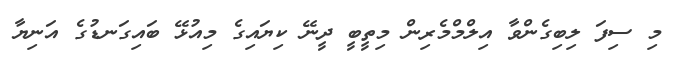
މި ސިފަ ލިބިގެންވާ އިލްމްމެރިން މިތީބީ ދީނޭ ކިޔައިގެ މިއުޅޭ ބައިގަނޑުގެ އަނިޔާ